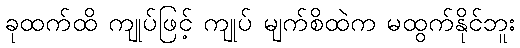
ခုထက်ထိ ကျုပ်ဖြင့် ကျုပ် မျက်စိထဲက မထွက်နိုင်ဘူး